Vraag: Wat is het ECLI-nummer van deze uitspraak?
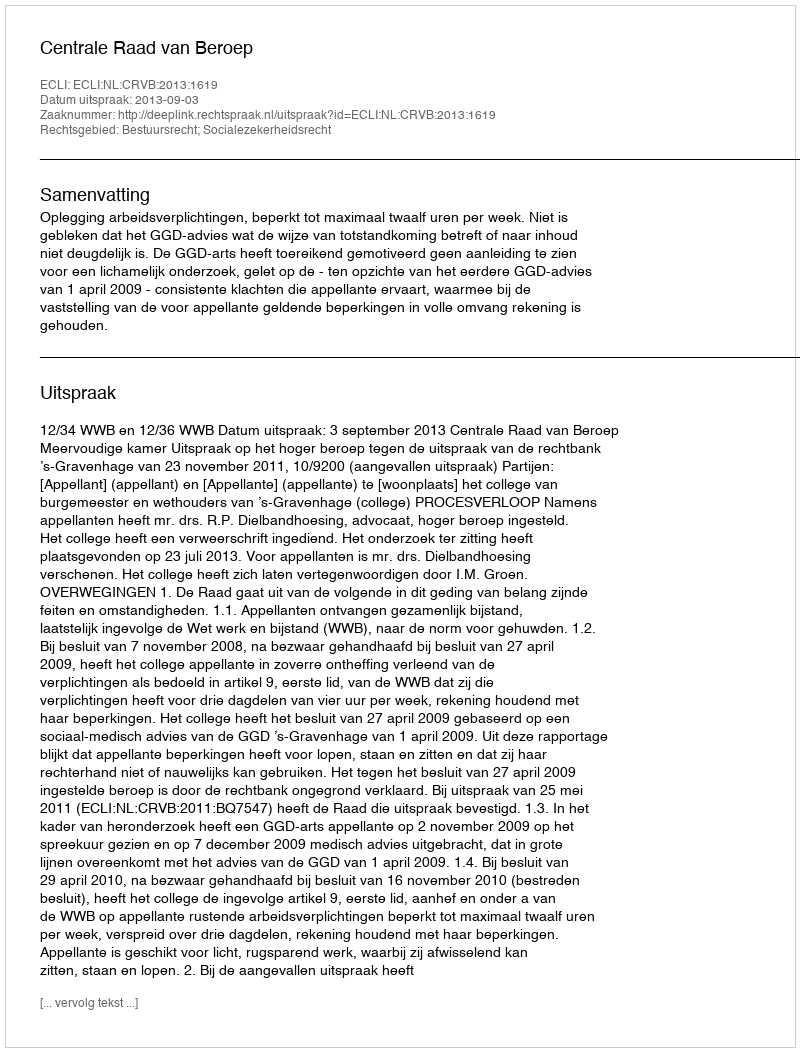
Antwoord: ECLI:NL:CRVB:2013:1619